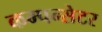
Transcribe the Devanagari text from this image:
कम्पन्सेटर